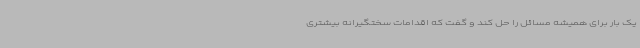
یک بار برای همیشه مسائل را حل کند و گفت که اقدامات سختگیرانه بیشتری